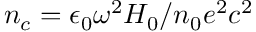
n _ { c } = \epsilon _ { 0 } \omega ^ { 2 } H _ { 0 } / n _ { 0 } e ^ { 2 } c ^ { 2 }